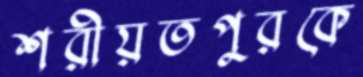
শরীয়তপুরকে